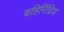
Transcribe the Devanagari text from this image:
बहिरिंद्रिय